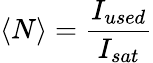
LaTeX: \langle N\rangle=\frac{I_{used}}{I_{sat}}